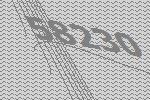
58230